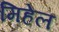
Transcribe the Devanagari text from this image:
मिहेल